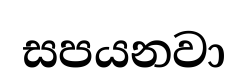
සපයනවා